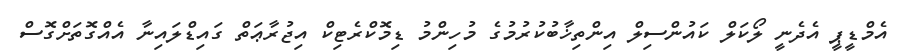
އެމްޑީޕީ އެދެނީ ލޯކަލް ކައުންސިލް އިންތިޚާބުކުރުމުގެ މުހިންމު ޑިމޮކްރެޓިކް އިޖުރާޢަތް ގައިޑްލައިނާ އެއްގޮތަށްގޮސް